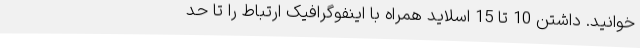
خوانید. داشتن 10 تا 15 اسلاید همراه با اینفوگرافیک ارتباط را تا حد